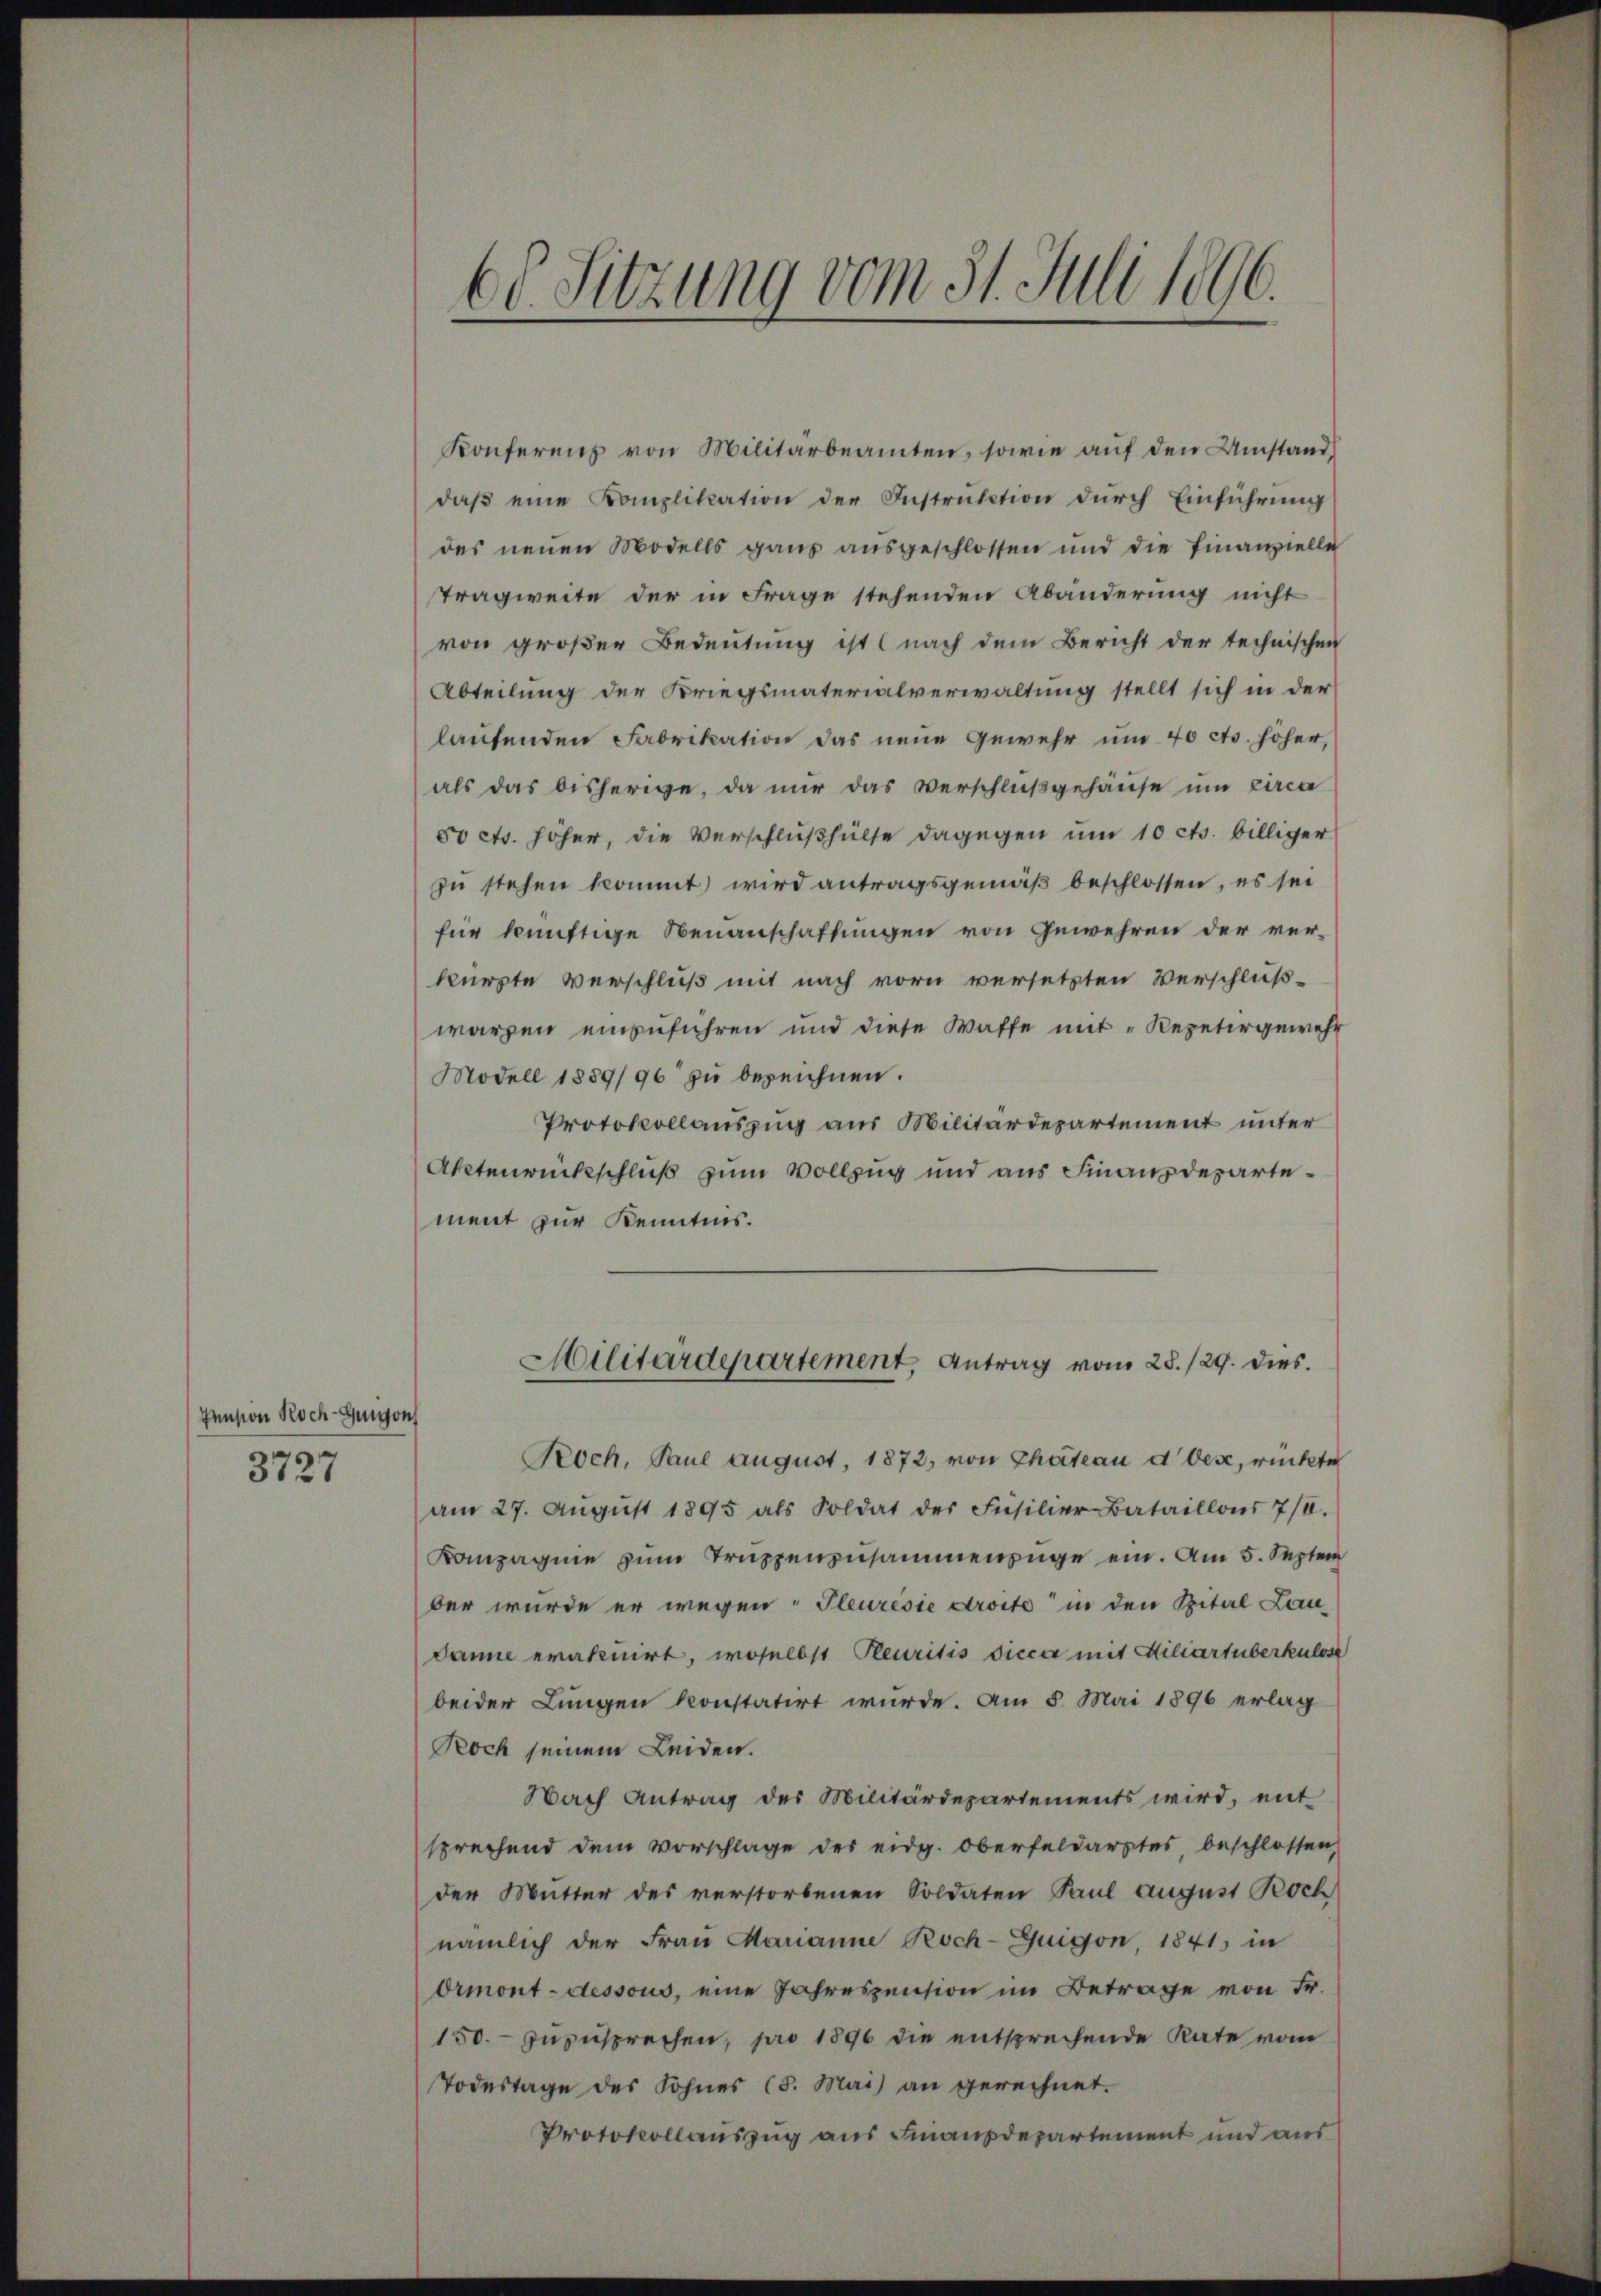
Pension Roch-Guigons
3727

60. Sitzung vom 31. Juli 1896.

Konferenz von Militärbeamten, sowie auf den Umstand,
daß eine Komplikation der Instruktion durch Einführung
des neuen Modells ganz ausgeschlossen und die Finanzielle
Tragweite der in Frage stehenden Abänderung nicht
von großer Bedeutung ist (nach dem Bericht der technischen
Abteilung der Kriegsmaterialverwaltung stellt sich in der
laufenden Fabrikation das neue Gewehr um 40 cts. höher,
als das bisherige, da mir das Verschlŭβgehäŭse ŭm circa
50 cts. höher, die Verschlußhülfe dagegen um 10 cts. billiger
zu stehen kommt wird antragsgemäß beschlossen, es sei
für künftige Neuanschaftungen von Gewehren der ver-
kürzte Verschluß mit nach vorn versetzten Verschluß-
warzen einzuführen und diese Waffe mit „Repetirgewehr
Modell 1889/96 zu bezeichnen.
Protokollauszug aus Militärdepartement unter
Aktenrückschluß zum Vollzug und aus Finanzdepartement zur Kenntnis.
Hilitärdepartement, Antrag vom 28./29. dies
Poch, Paul August, 1872, von Thateau d Oese, rückte
am 27. Aŭgŭst 1895 als Soldat der Füsilier Bataillons 7/8.
Kompagnie zum Truppenzusammenzüge ein. Am 5. Septem
ber wurde er wegen Pleuresie droite“ in den Spital Lau-
danie eratuirt, woselbst Peuritis sicca mit Miliartüberkulose
beider Lungen konstatirt wurde. Am 8. Mai 1896 erlag
Roch seinem Leiden.
Nach Antrag des Militärdepartements wird, mit
sprechend dem Vorschlage des eidg. Oberfeldarztes beschlossen,
der Mutter des verstorbenen Soldaten Paul August Roch
nämlich der Frau Marianne Roch-Zuigon 1841 in
Ormont-dessous, eine Jahreszension im Betrage von Fr.
150. zuzusprechen, pro 1896 die entsprechende Rate vom
Todestage des Sohnes (3. Mai an gerechnet.
Protokollauszug aus Finanzdepartement und aus